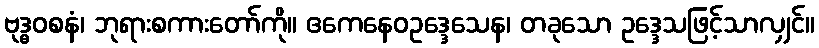
ဗုဒ္ဓဝစနံ၊ ဘုရားစကားတော်ကို။ ဧကေနေဝဥဒ္ဒေသေန၊ တခုသော ဥဒ္ဒေသဖြင့်သာလျှင်။